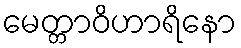
မေတ္တာဝိဟာရိနော